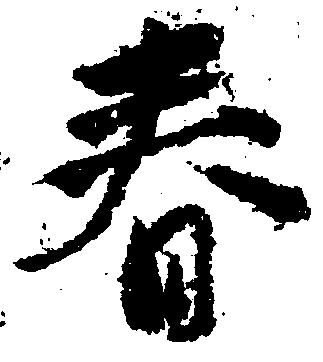
春